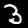
Digit: 3